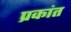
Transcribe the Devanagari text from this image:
प्रकांत